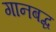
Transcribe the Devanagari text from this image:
गानबद्ध